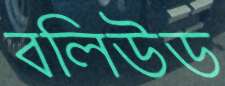
বলিউড